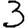
Digit: 3